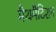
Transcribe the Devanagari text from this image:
मैथमैटिशन